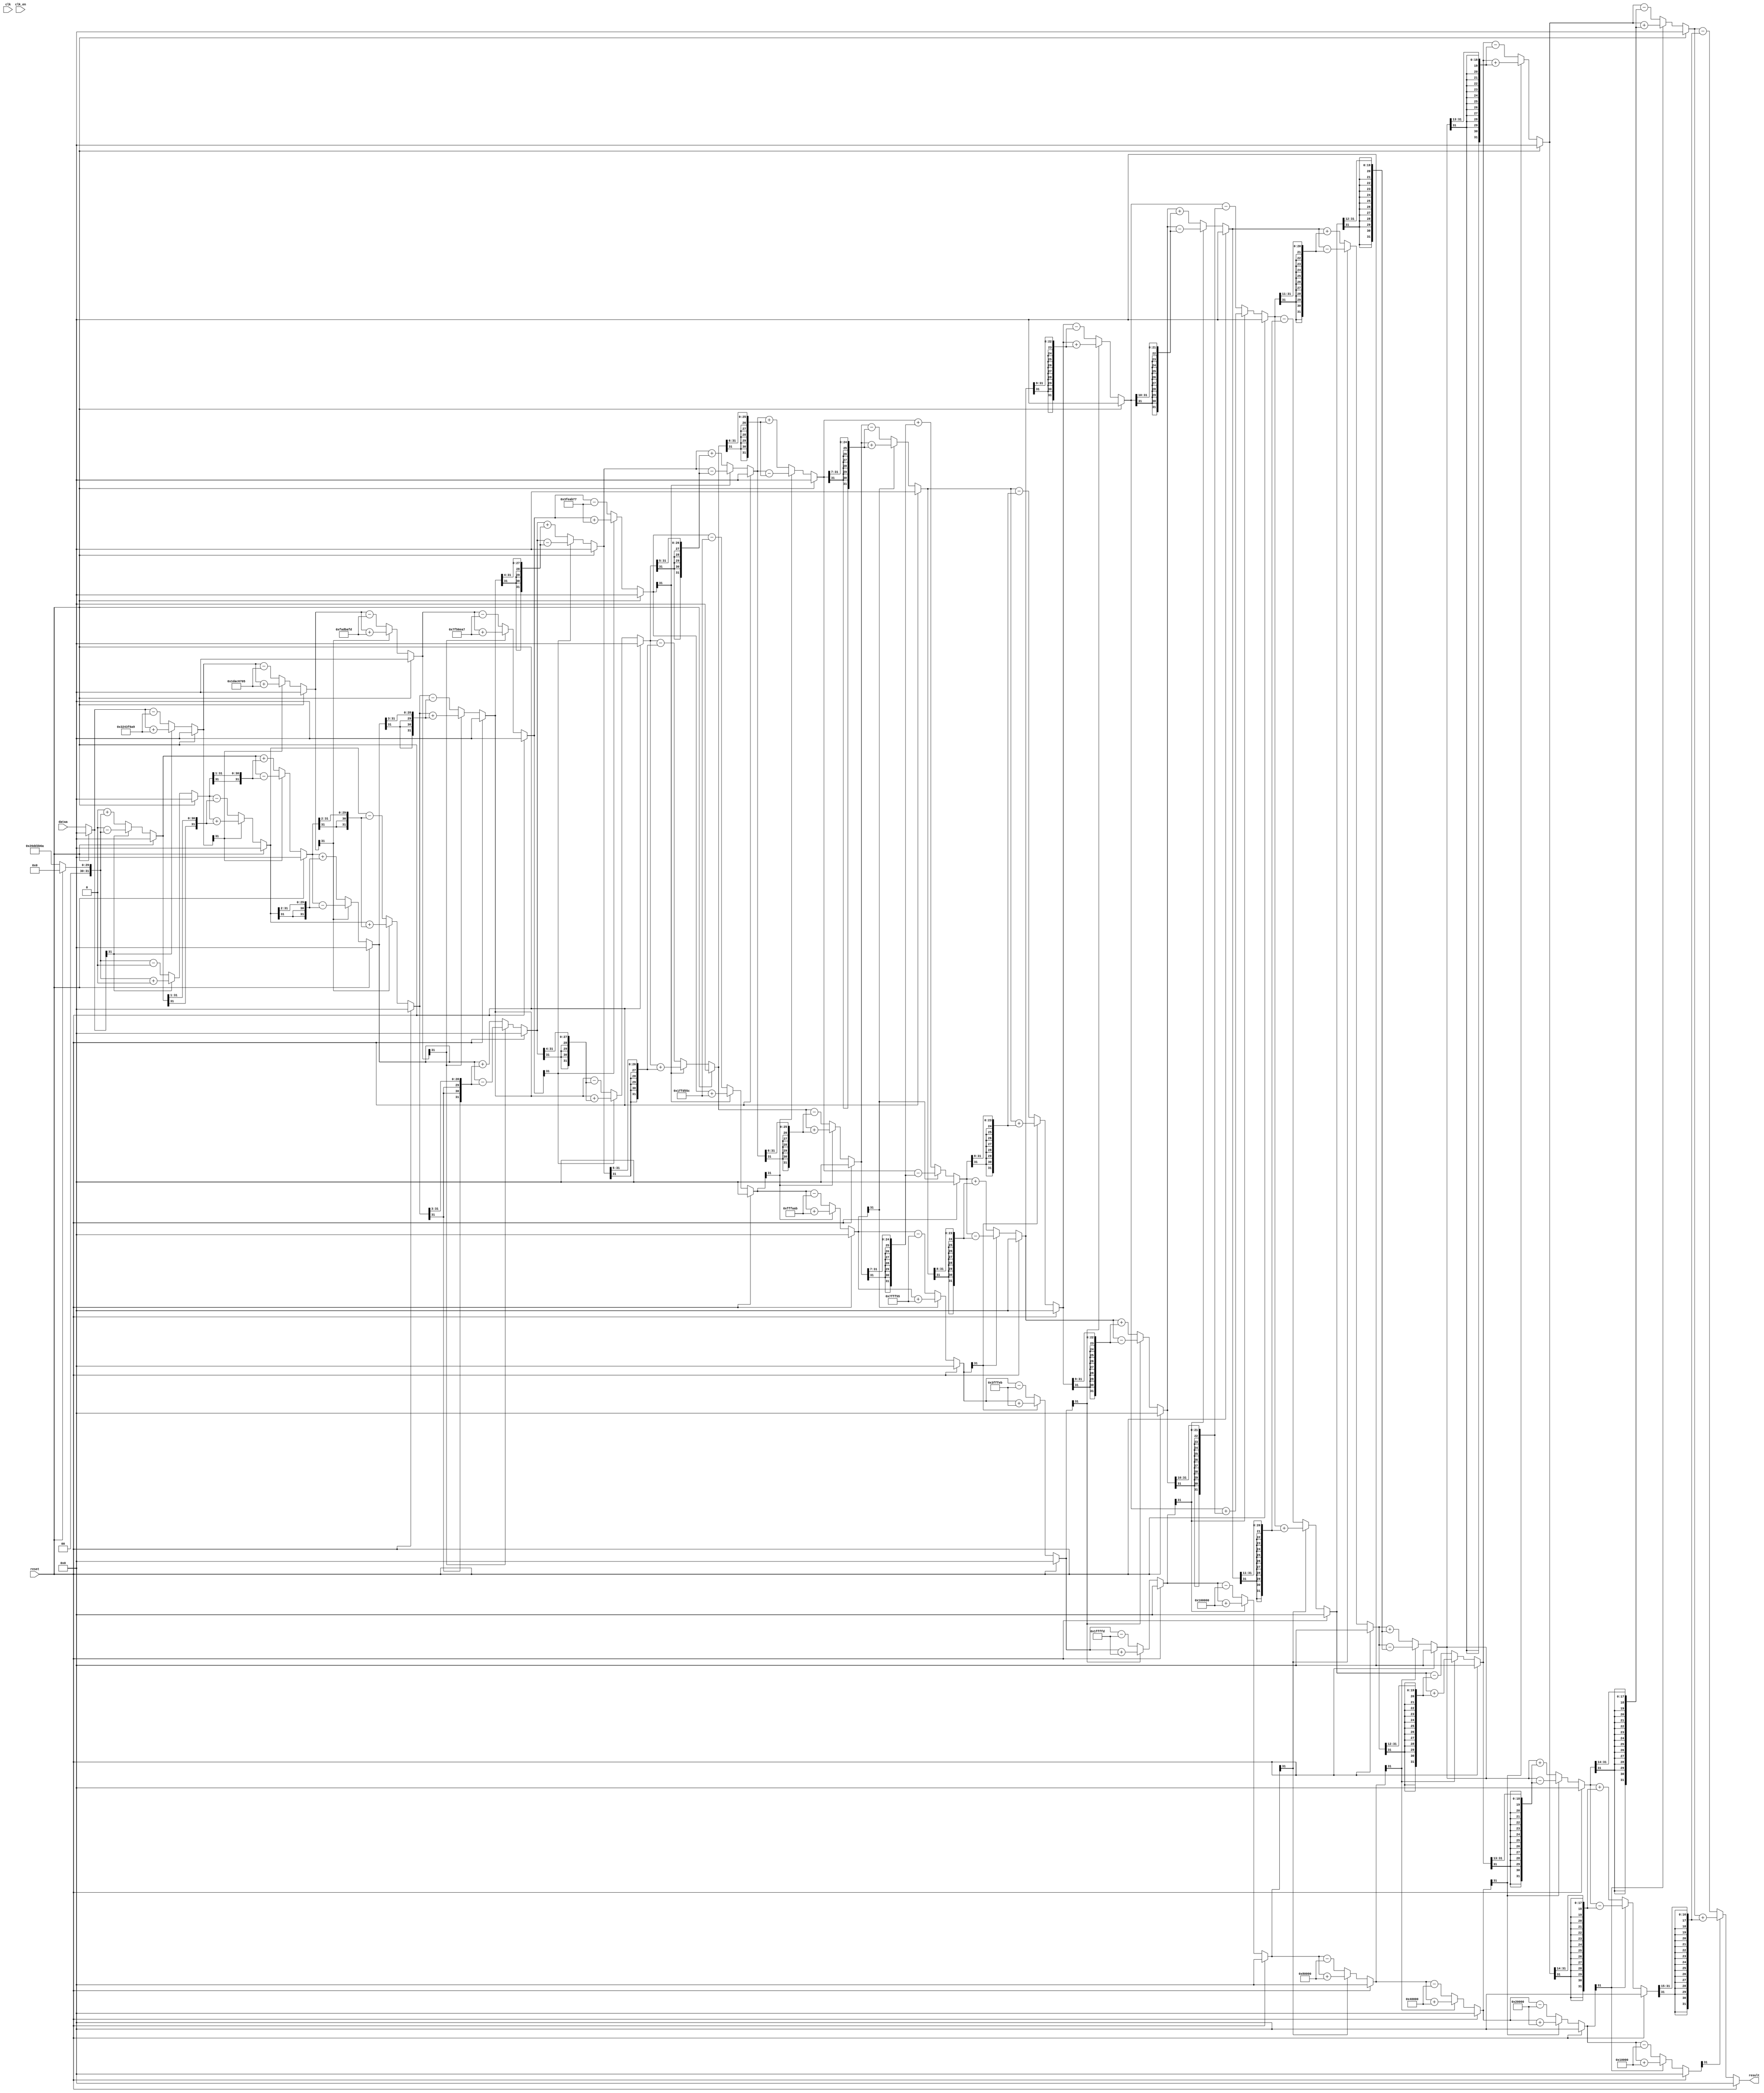
module cordic_t(
	input clk,
	input clk_en,
	input reset,
	input [31:0] dataa,
	output [31:0] result
);
	reg [31:0] x[16:0];
	reg [31:0] y[16:0];
	reg [31:0] z[16:0];
	integer i;
	wire [31:0] angle_lut [31:0];
	assign result = x[16];

	always @(*) begin
		 if(reset) begin
			for(i = 0 ;i < 17; i = i+1) begin
				x[i] <= 0;
				y[i] <= 0;
				z[i] <= 0;
			end
		end else begin
			x[0] <= 32'b00100110110111010011101101101010;
			y[0] <= 0;
			z[0] <= dataa;
			for(i = 0 ;i < 16; i = i+1) begin
				if(~z[i][31]) begin
					x[i+1] <= x[i] - ({{32{y[i][31]}}, y[i]} >> i);
					y[i+1] <= y[i] + ({{32{x[i][31]}}, x[i]} >> i);
					z[i+1] <= z[i] - angle_lut[i];
				end
				else begin
					x[i+1] <= x[i] + ({{32{y[i][31]}}, y[i]} >> i);
					y[i+1] <= y[i] - ({{32{x[i][31]}}, x[i]} >> i);
					z[i+1] <= z[i] + angle_lut[i];
				end
			end
		end		
	end

	assign angle_lut[0] = 32'b00110010010000111111011010101001;
	assign angle_lut[1] = 32'b00011101101011000110011100000101;
	assign angle_lut[2] = 32'b00001111101011011011101011111101;
	assign angle_lut[3] = 32'b00000111111101010110111010100111;
	assign angle_lut[4] = 32'b00000011111111101010101101110111;
	assign angle_lut[5] = 32'b00000001111111111101010101011100;
	assign angle_lut[6] = 32'b00000000111111111111101010101011;
	assign angle_lut[7] = 32'b00000000011111111111111101010101;
	assign angle_lut[8] = 32'b00000000001111111111111111101011;
	assign angle_lut[9] = 32'b00000000000111111111111111111101;
	assign angle_lut[10] = 32'b00000000000100000000000000000000;
	assign angle_lut[11] = 32'b00000000000010000000000000000000;
	assign angle_lut[12] = 32'b00000000000001000000000000000000;
	assign angle_lut[13] = 32'b00000000000000100000000000000000;
	assign angle_lut[14] = 32'b00000000000000010000000000000000;
	assign angle_lut[15] = 32'b00000000000000001000000000000000;
	assign angle_lut[16] = 32'b00000000000000000100000000000000;
	assign angle_lut[17] = 32'b00000000000000000010000000000000;
	assign angle_lut[18] = 32'b00000000000000000001000000000000;
	assign angle_lut[19] = 32'b00000000000000000000100000000000;
	assign angle_lut[20] = 32'b00000000000000000000010000000000;
	assign angle_lut[21] = 32'b00000000000000000000001000000000;
	assign angle_lut[22] = 32'b00000000000000000000000100000000;
	assign angle_lut[23] = 32'b00000000000000000000000010000000;
	assign angle_lut[24] = 32'b00000000000000000000000001000000;
	assign angle_lut[25] = 32'b00000000000000000000000000100000;
	assign angle_lut[26] = 32'b00000000000000000000000000010000;
	assign angle_lut[27] = 32'b00000000000000000000000000001000;
	assign angle_lut[28] = 32'b00000000000000000000000000000100;
	assign angle_lut[29] = 32'b00000000000000000000000000000010;
	assign angle_lut[30] = 32'b00000000000000000000000000000001;
	assign angle_lut[31] = 32'b00000000000000000000000000000001;
endmodule